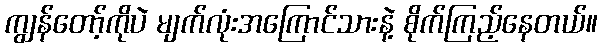
ကျွန်တော့်ကိုပဲ မျက်လုံးအကြောင်သားနဲ့ စိုက်ကြည့်နေတယ်။